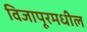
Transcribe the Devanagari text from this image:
विजापूरमधील